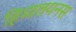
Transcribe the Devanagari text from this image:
हिमालयनस